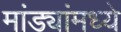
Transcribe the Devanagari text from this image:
मांड्यांमध्ये